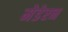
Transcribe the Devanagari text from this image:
मेडेरन